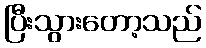
ပြီးသွားတော့သည်